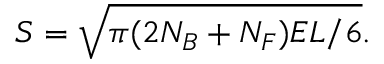
S = \sqrt { \pi ( 2 N _ { B } + N _ { F } ) E L / 6 } .